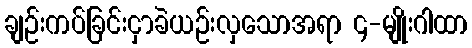
ချဉ်းကပ်ခြင်းငှာခဲယဉ်းလှသောအရာ ၄-မျိုးဂါထာ